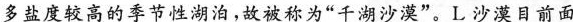
多盐度较高的季节性湖泊，故被称为“千湖沙漠”。L沙漠目前面